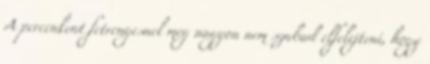
A percenkent fetrengesnel meg nagyon nem szabad elfelejteni, hogy